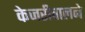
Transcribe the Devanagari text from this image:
केजरीवालने